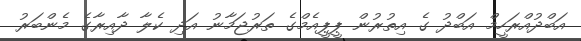
އަބްދުއްރަހީމް އަބްދު ގެ އިތުރުން ޕީޕީއެމްގެ ތަރުޖަމާނު އަދި ކެލާ ދާއިރާގެ މެންބަރު